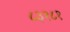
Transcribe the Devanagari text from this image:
८३१८१